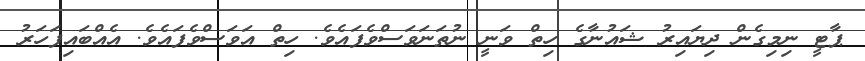
ޕާޓީ ނިމިގެން ދިޔައިރު ޝައުނާގެ ހިތް ވަނީ ނުތަނަވަސްވެފައެވެ. ހިތް އަވަސްވެފައެވެ. އެއްބައިފަހަރު